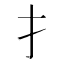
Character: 扌